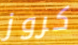
كروز